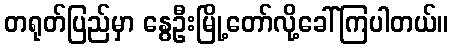
တရုတ်ပြည်မှာ နွေဦးမြို့တော်လို့ခေါ်ကြပါတယ်။